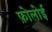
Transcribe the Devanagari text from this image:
फ़ोलोई